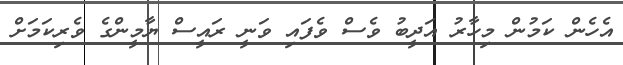
އެހެން ކަމުން މިހާރު އަދީބު ވެސް ވެފައި ވަނީ ރައީސް ޔާމީންގެ ވެރިކަމަށް